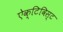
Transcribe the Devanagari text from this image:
ऐक्टिविस्ट